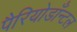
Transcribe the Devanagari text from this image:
पैरियोडाँन्टल